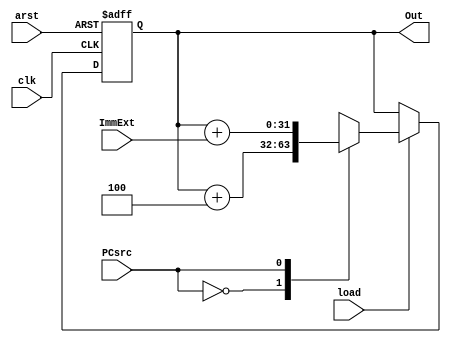
`timescale 1ns / 1ps
//////////////////////////////////////////////////////////////////////////////////
// Company: 
// Engineer: 
// 
// Design Name: 
// Module Name: PC
// Project Name: 
// Target Devices: 
// Tool Versions: 
// Description: 
// 
// Dependencies: 
// 
// Revision:
// Revision 0.01 - File Created
// Additional Comments:
// 
//////////////////////////////////////////////////////////////////////////////////


module PC(
    input [31:0] ImmExt,
    output  [31:0] Out,
    input clk,arst,load,
    input PCsrc


    );
    reg [31:0] Q_reg,Q_next;
    always @(posedge clk,negedge arst ) 
    begin
        if (!arst) 
            begin
                Q_reg=32'b0;    
            end

        else if(load)
            begin
                Q_reg<=Q_next;    
            end  
            else
                Q_reg<=Q_reg;  
    end
always @(*) 
            begin
                case (PCsrc)
                    1'b0:Q_next=Q_reg+4;
                    1'b1:Q_next=Q_reg+ImmExt; 
                    default: Q_next=Q_reg+4;
                endcase
            end

    assign Out=Q_reg;
endmodule